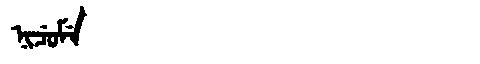
Manchu: ᠨᡳᠴᡠᠮᡝ
Romanization: NICUME